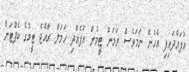
އުފައްދައިފި އެހެން ނަމަވެސް ޔަމަން ޓީމުން އުފެއްދި ހަމަލާ ރާއްޖެ ޓީމުގެ ކެޕްޓަން